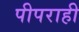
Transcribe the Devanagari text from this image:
पीपराही